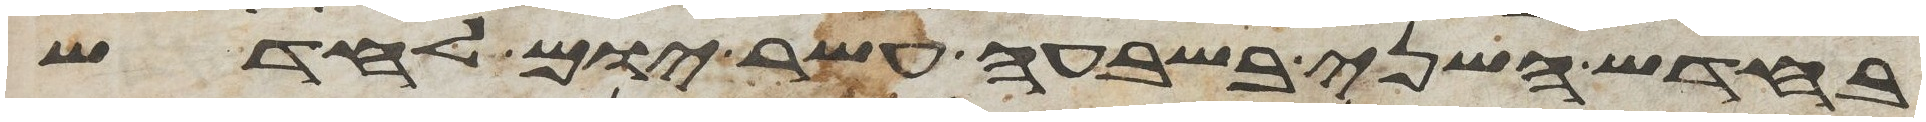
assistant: בחדש השני בשבעה עשר יום לחדש